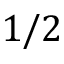
1 / 2